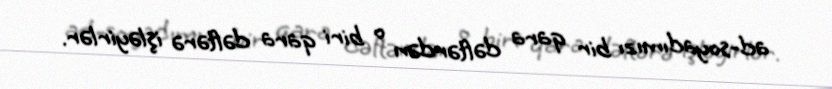
ad-soyadımızı bir qara dəftərdən o biri qara dəftərə işləyirlər.